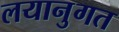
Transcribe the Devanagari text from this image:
लयानुगत